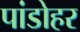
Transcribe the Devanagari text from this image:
पांडोहर